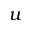
u